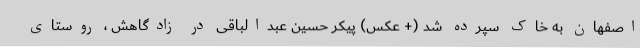
اصفهان به خاک سپرده شد (+ عکس) پیکر حسین عبدالباقی در زادگاهش ، روستای